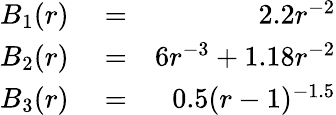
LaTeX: \begin{array}{rlr}{B_{1}(r)}&{{}=}&{2.2r^{-2}}\\ {B_{2}(r)}&{{}=}&{6r^{-3}+1.18r^{-2}}\\ {B_{3}(r)}&{{}=}&{0.5(r-1)^{-1.5}}\end{array}